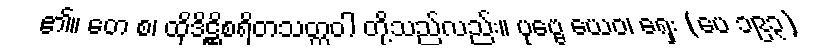
၏။ တေ စ၊ ထိုဒိဋ္ဌိစရိတသတ္တဝါ တို့သည်လည်း။ ပုဗ္ဗေ ယေဝ၊ ရှေး (ပေ ၁၉၃)